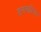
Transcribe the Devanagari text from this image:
डलमाटियन